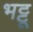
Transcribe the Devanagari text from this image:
भट्टू